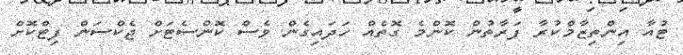
ޓުއާ އިންތިޒާމްކުރާ ފަރާތުން ކޮންމެ ގޮތެއް ހަދައިގެން ވެސް ކޮންސެޓަށް ޖެކްސަން ފިޓްކޮށް